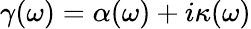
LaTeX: \gamma(\omega)=\alpha(\omega)+i\kappa(\omega)